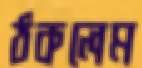
ঠকলেম